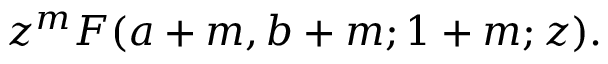
z ^ { m } F ( a + m , b + m ; 1 + m ; z ) .